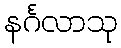
နင်္ဂလာသု